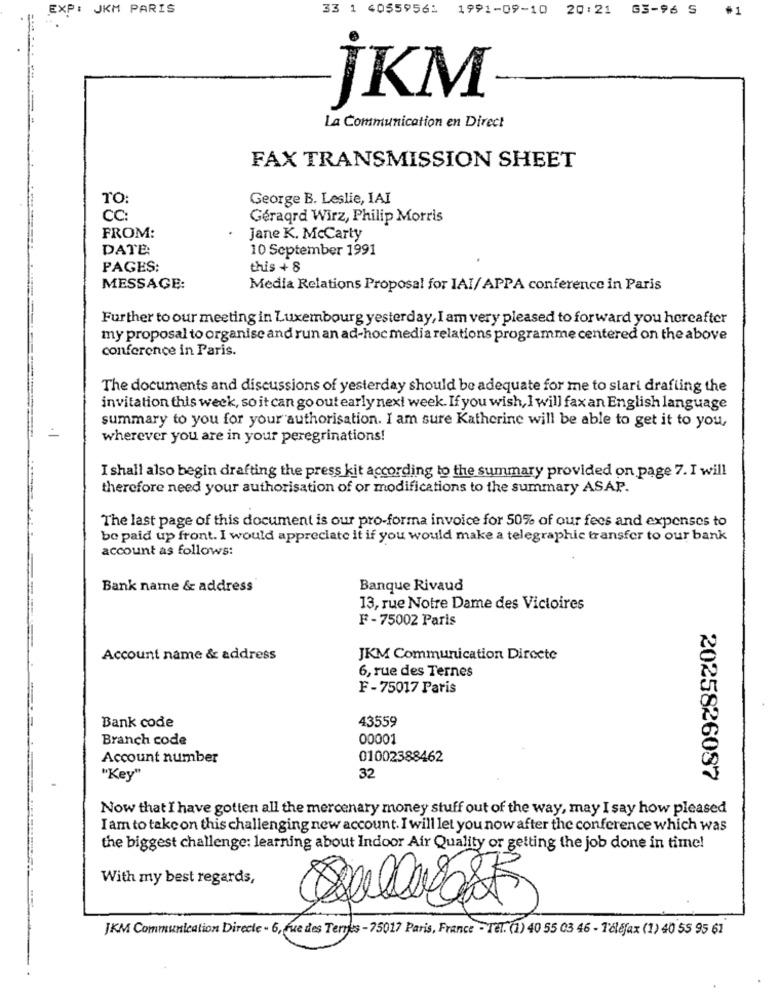
EXP: JKM PARIS
33 1 40559561
1991-09-10 20:21 63-96 S #1
jKM
La Communication en Direct
FAX TRANSMISSION SHEET
TO
George B. Leslie, IAI
CC:
Géraqrd Wirz, Philip Morris
FROM:
Jane K. McCarty
DATE:
10 September 1991
PAGES:
this + 8
MESSAGE:
Media Relations Proposal for IAI/APPA conference in Paris
Further to our meeting in Luxembourg yesterday, I am very pleased to forward you hereafter
my proposal to organise and run an ad-hoc media relations programme centered on the above
conference in Paris.
The documents and discussions of yesterday should be adequate for me to stari drafting the
invitation this week, so it can go out early next week. If you wish, I will fax an English language
=
summary to you for your authorisation. I am sure Katherine will be able to get it to you,
wherever you are in your peregrinations!
I shall also begin drafting the press kit according to the summary provided on page 7. I will
therefore need your authorisation of or modifications to the summary ASAP.
The last page of this document is our pro-forma invoice for 50% of our fees and expenses to
be paid up front. I would appreciate it if you would make a telegraphic transfer to our bank
account as follows:
Bank name & address
Banque Rivaud
13, rue Notre Dame des Victoires
F-75002 Paris
Account name & address
JKM Communication Directe
6, rue des Ternes
F -75017 Paris
Bank code
43559
Branch code
00001
Account number
01002388462
"Key"
32
2025826087
Now that I have gotten all the mercenary money stuff out of the way, may I say how pleased
I am to takeon this challenging new account. I will let you now after the conference which was
the biggest challenge: learning about Indoor Air Quality or getting the job done in time!
With my best regards,
JKM Communication Directe - 6, rue des Terres - 75017 Paris, France - Tel. (1) 40 55 03 46 - Téléfax (1) 40 55 95 61